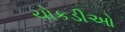
ચોકડીઓ